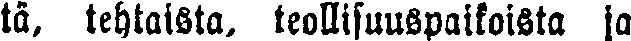
tä, tehtaista, teollisuuspaikoista ja